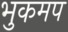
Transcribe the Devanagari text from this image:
भुकमप